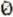
0